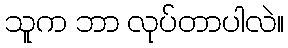
သူက ဘာ လုပ်တာပါလဲ။